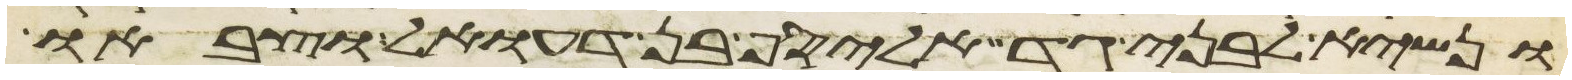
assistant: ונשיא לבני גד אליסף בן דעואל וצבאו